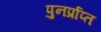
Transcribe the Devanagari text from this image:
पुनर्प्राप्‍त